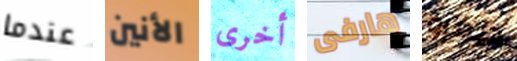
عندما الأنين أخرى هارفى ديفرو